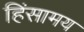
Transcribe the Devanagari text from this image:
हिंसामय